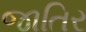
જાતિર